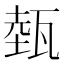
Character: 𤭝